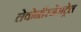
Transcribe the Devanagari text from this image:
लेवोनॉरजेसट्रेल